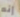
إنه